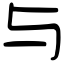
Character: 与